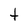
Character: t